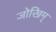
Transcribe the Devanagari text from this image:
जोखिम्